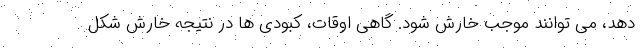
دهد، می توانند موجب خارش شود. گاهی اوقات، کبودی ها در نتیجه خارش شکل